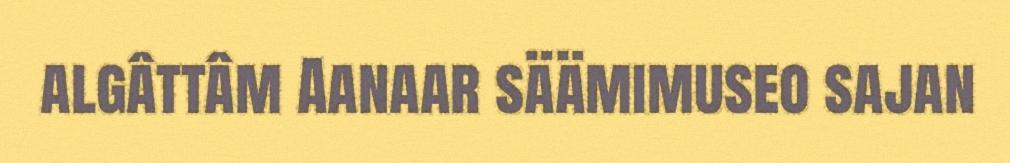
algâttâm Aanaar säämimuseo sajan